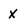
Character: x